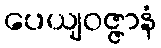
ပေယျဝဇ္ဇာနံ